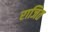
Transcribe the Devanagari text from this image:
राजित